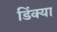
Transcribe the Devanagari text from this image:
डिंक्या